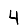
Digit: 4